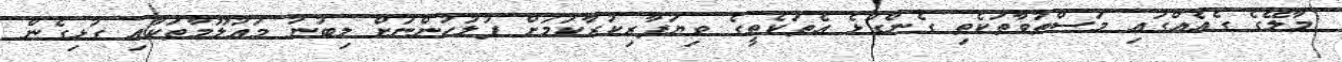
މާލޭގެ ގެއެއްގައި މަސްތުވާތަކެތި ގެންގުޅެ އެތަކެތީގެ ވިޔަފާރިކުރާކަމަށް ފުލުހުންނަށް ލިބުނު މަޢުލޫމާތަކާއި ގުޅިގެން